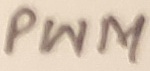
Text: PWM